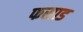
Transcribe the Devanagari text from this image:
फसाड